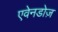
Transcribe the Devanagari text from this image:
एवेनडोज़